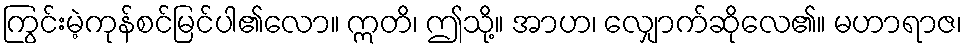
ကြွင်းမဲ့ကုန်စင်မြင်ပါ၏လော။ ဣတိ၊ ဤသို့။ အာဟ၊ လျှောက်ဆိုလေ၏။ မဟာရာဇ၊